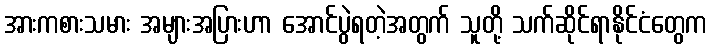
အားကစားသမား အများအပြားဟာ အောင်ပွဲရတဲ့အတွက် သူတို့ သက်ဆိုင်ရာနိုင်ငံတွေက